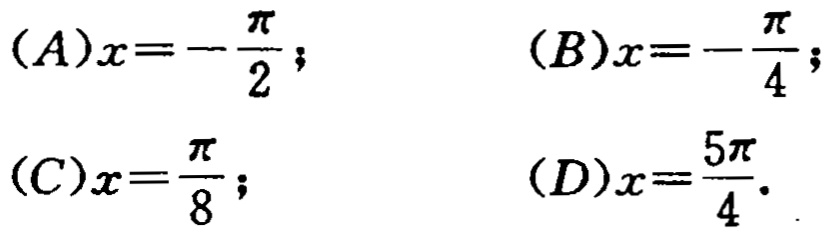
\((A)x = -\frac{\pi}{2};\) \((B)x = -\frac{\pi}{4};\)
\((C)x = \frac{\pi}{8};\) \((D)x = \frac{5\pi}{4}.\)